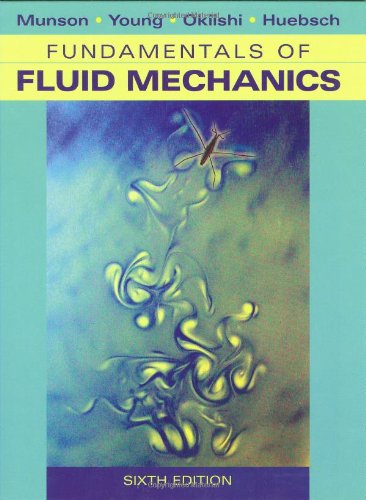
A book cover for Fundamentals of Fluid Mechanics; Bruce R. Munson; Engineering & Transportation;